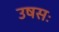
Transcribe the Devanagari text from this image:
उषसः